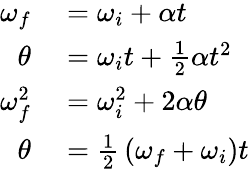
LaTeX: \begin{array}{rl}{\omega_{f}}&{{}=\omega_{i}+\alpha t}\\ {\theta}&{{}=\omega_{i}t+{\frac{1}{2}}\alpha t^{2}}\\ {\omega_{f}^{2}}&{{}=\omega_{i}^{2}+2\alpha\theta}\\ {\theta}&{{}={\frac{1}{2}}\left(\omega_{f}+\omega_{i}\right)t}\end{array}